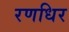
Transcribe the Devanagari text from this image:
रणधिर